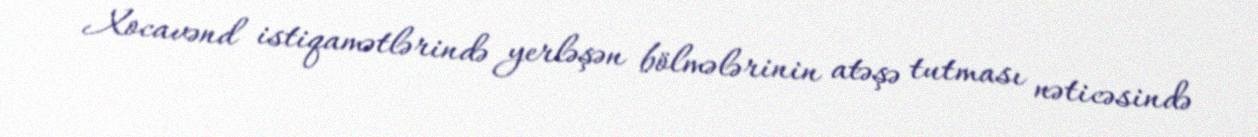
Xocavənd istiqamətlərində yerləşən bölmələrinin atəşə tutması nəticəsində